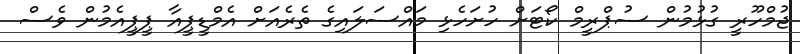
ޖުމްހޫރީ ގުޅުމުން ސުޕްރީމް ކޯޓަށް ހުށަހެޅި މައްސަލައިގެ ތެރެއަށް އެމްޑީޕީއާ ޕީޕީއެމުން ވެސް